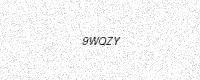
Text: 9WQZY